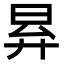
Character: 昪